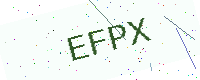
Text: EFPX